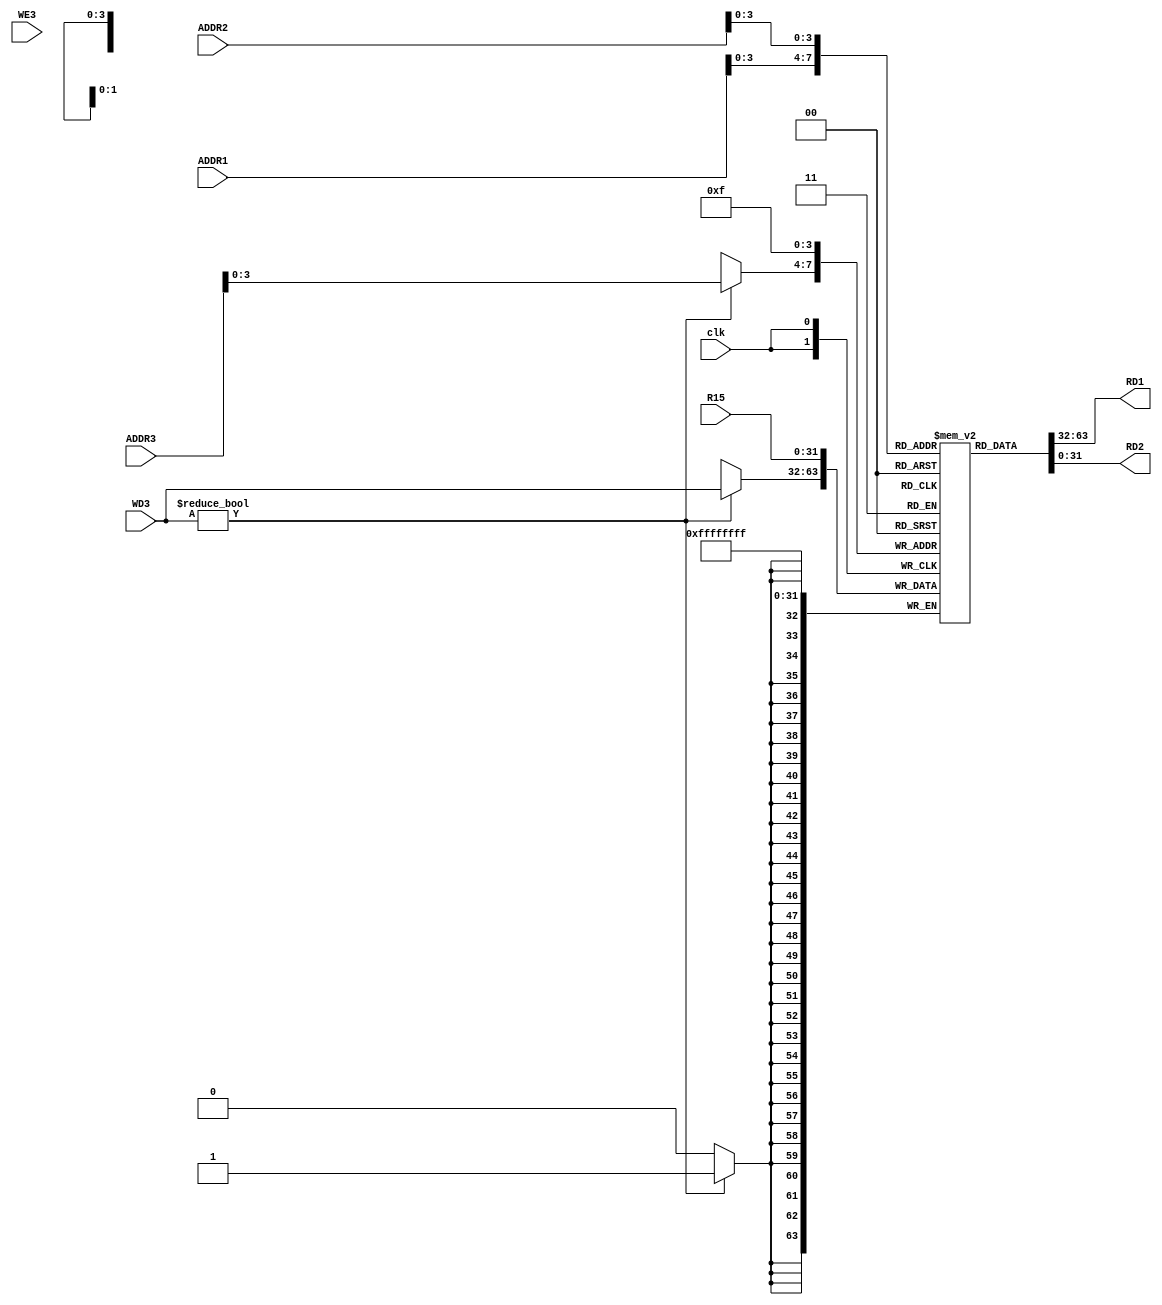
module Registers(
    input clk,
    input WE3,
    input [4:0] ADDR1,
    input [4:0] ADDR2,
    input [4:0] ADDR3,
    input [31:0] WD3,
    output reg [31:0] RD1,
    output reg [31:0] RD2,
    input [31:0] R15
    );

reg [31:0] RegBank [15:0];

always begin
	RD1 <= RegBank[ADDR1];
	RD2 <= RegBank[ADDR2];
end

always @(negedge clk) begin
	RegBank[15] <= R15;
	
	if(WD3)
		RegBank[ADDR3] <= WD3;
end

endmodule